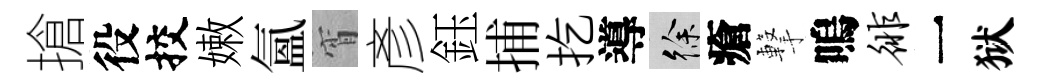
搶役挍嫩氳宵彥鈺捕扢導徐瘡撃嗚徘一狱